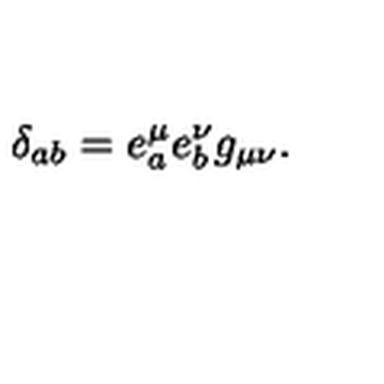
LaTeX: \delta _ { a b } = e _ { a } ^ { \mu } e _ { b } ^ { \nu } g _ { \mu \nu } .